Indian journal of veterinary science and animal husbandry - Volume 10,
Year: 1940
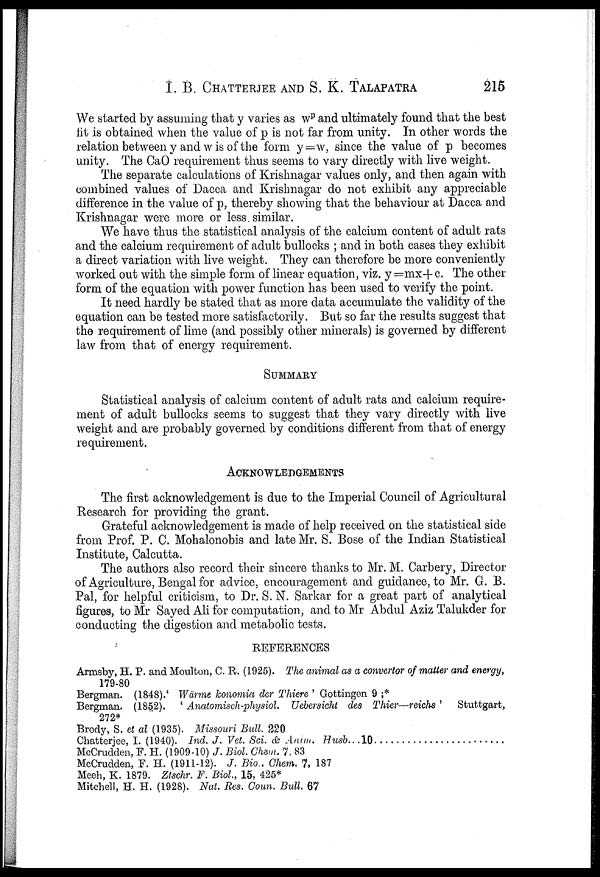
I. B. CHATTERJEE AND S. K. TALAPATRA 215
We started by assuming that y varies as w p and ultimately found that the best
fit is obtained when the value of p is not far from unity. In other words the
relation between y and w is of the form y=w, since the value of p becomes
unity. The CaO requirement thus seems to vary directly with live weight.
The separate calculations of Krishnagar values only, and then again with
combined values of Dacca and Krishnagar do not exhibit any appreciable
difference in the value of p, thereby showing that the behaviour at Dacca and
Krishnagar were more or less similar.
We have thus the statistical analysis of the calcium content of adult rats
and the calcium requirement of adult bullocks ; and in both cases they exhibit
a direct variation with live weight. They can therefore be more conveniently
worked out with the simple form of linear equation, viz. y =mx+ c. The other
form of the equation with power function has been used to verify the point.
It need hardly be stated that as more data accumulate the validity of the
equation can be tested more satisfactorily. But so far the results suggest that
the requirement of lime (and possibly other minerals) is governed by different
law from that of energy requirement.
SUMMARY
Statistical analysis of calcium content of adult rats and calcium require-
ment of adult bullocks seems to suggest that they vary directly with live
weight and are probably governed by conditions different from that of energy
requirement.
ACKNOWLEDGEMENTS
The first acknowledgement is due to the Imperial Council of Agricultural
Research for providing the grant.
Grateful acknowledgement is made of help received on the statistical side
from Prof. P. C. Mohalonobis and late Mr. S. Bose of the Indian Statistical
Institute, Calcutta.
The authors also record their sincere thanks to Mr. M. Carbery, Director
of Agriculture, Bengal for advice, encouragement and guidance, to Mr. G. B.
Pal, for helpful criticism, to Dr. S. N. Sarkar for a great part of analytical
figures, to Mr Sayed Ali for computation, and to Mr Abdul Aziz Talukder for
conducting the digestion and metabolic tests.
REFERENCES
Armsby, H. P. and Moulton, C. R. (1925). The animal as a convertor of matter and energy,
179-80
Bergman. (1848).' Wärme konomia der Thiere ' Gottingen 9 ;*
Bergman. (1852). ' Anatomisch-physiol. Uebersicht des Thier—reichs' Stuttgart,
272*
Brody, S. et al (1935). Missouri Bull. 220
Chatterjee, I. (1940). Ind. J. Vet. Sci. & Anim. Husb. . .10
McCrudden, F. H. (1909-10) J. Biol. Chem. 7, 83
McCrudden, F. H. (1911-12). J. Biol. Chem. 7, 187
Meeh, K. 1879. Ztschr. F. Biol., 15, 425*
Mitchell, H. H. (1928). Nat. Res. Coun. Bull. 67